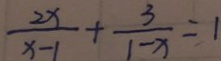
\frac { 2 x } { x - 1 } + \frac { 3 } { 1 - x } = 1